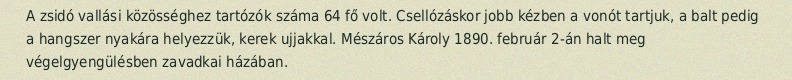
A zsidó vallási közösséghez tartózók száma 64 fő volt. Csellózáskor jobb kézben a vonót tartjuk, a balt pedig a hangszer nyakára helyezzük, kerek ujjakkal. Mészáros Károly 1890. február 2-án halt meg végelgyengülésben zavadkai házában.